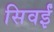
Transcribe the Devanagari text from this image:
सिवईं